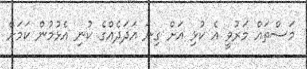
މަސްތައް މަރުވީ އެ ކުޅި އަށް ގިނަ އަދަދެއްގެ ކުނި އެޅުމުން ކަމަށް